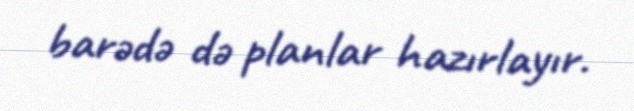
barədə də planlar hazırlayır.